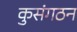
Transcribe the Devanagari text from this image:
कुसंगठन